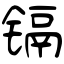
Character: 镉